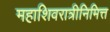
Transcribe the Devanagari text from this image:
महाशिवरात्रीनिमित्त